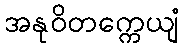
အနုဝိတက္ကေယျံ